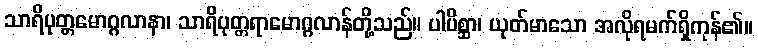
သာရိပုတ္တမောဂ္ဂလာနာ၊ သာရိပုတ္တရာမောဂ္ဂလာန်တို့သည်။ ပါပိစ္ဆာ၊ ယုတ်မာသော အလိုရမက်ရှိကုန်၏။